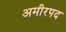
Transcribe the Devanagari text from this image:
अमीरपद